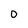
Character: 0